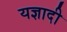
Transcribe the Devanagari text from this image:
यज्ञादी